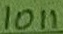
Text: 1011